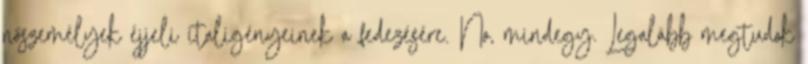
nőszemélyek éjjeli italigényeinek a fedezésére. No, mindegy. Legalább megtudok